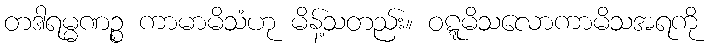
တဒါရမ္မဏဉ္စ ကာမာမိသံဟု မိန့်သတည်း။ ဝဋ္ဋမိသလောကာမိသအရကို